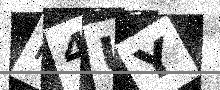
Text: H4UY